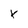
Character: x